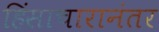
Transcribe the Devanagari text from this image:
हिंसाचारानंतर